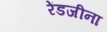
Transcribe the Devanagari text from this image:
रेंडजीना